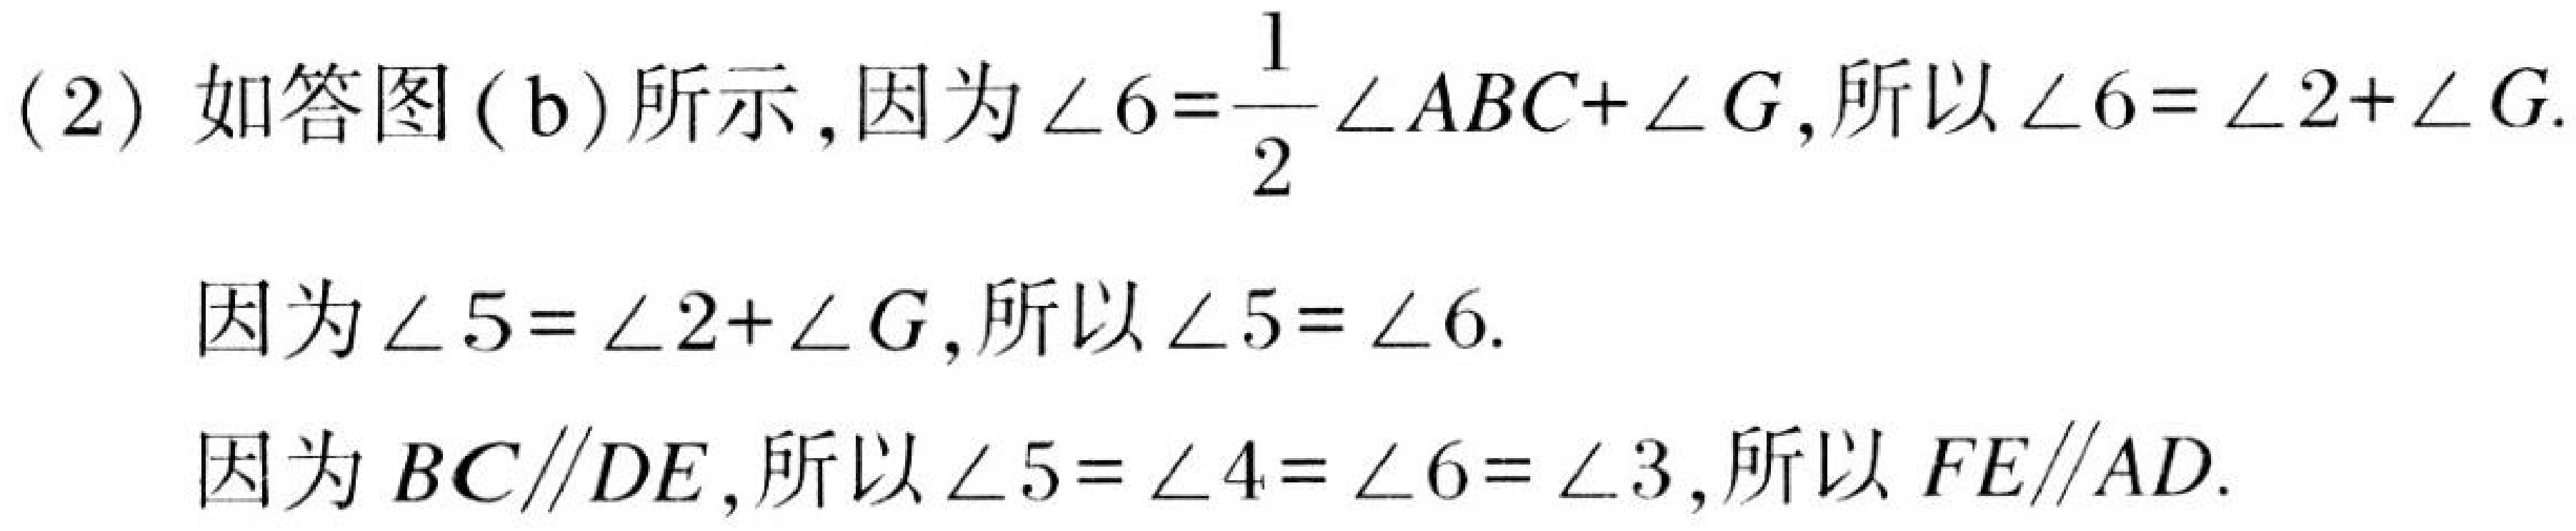
(2) 如答图 (b) 所示,因为 \(\angle 6=\dfrac{1}{2}\angle ABC+\angle G\),所以 \(\angle 6=\angle 2+\angle G\).
因为 \(\angle 5=\angle 2+\angle G\),所以 \(\angle 5=\angle 6\).
因为 \(BC\parallel DE\),所以 \(\angle 5=\angle 4=\angle 6=\angle 3\),所以 \(FE\parallel AD\).